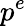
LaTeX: p^{e}